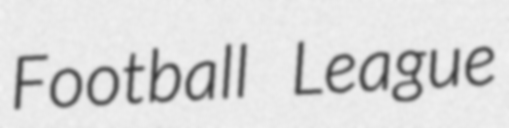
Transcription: Football League